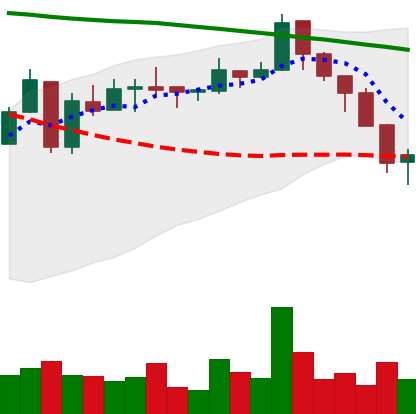
Ticker: ETC-USD
Chart end date: 2018-05-12
Forward return: -6.119%
Label: down_5_7